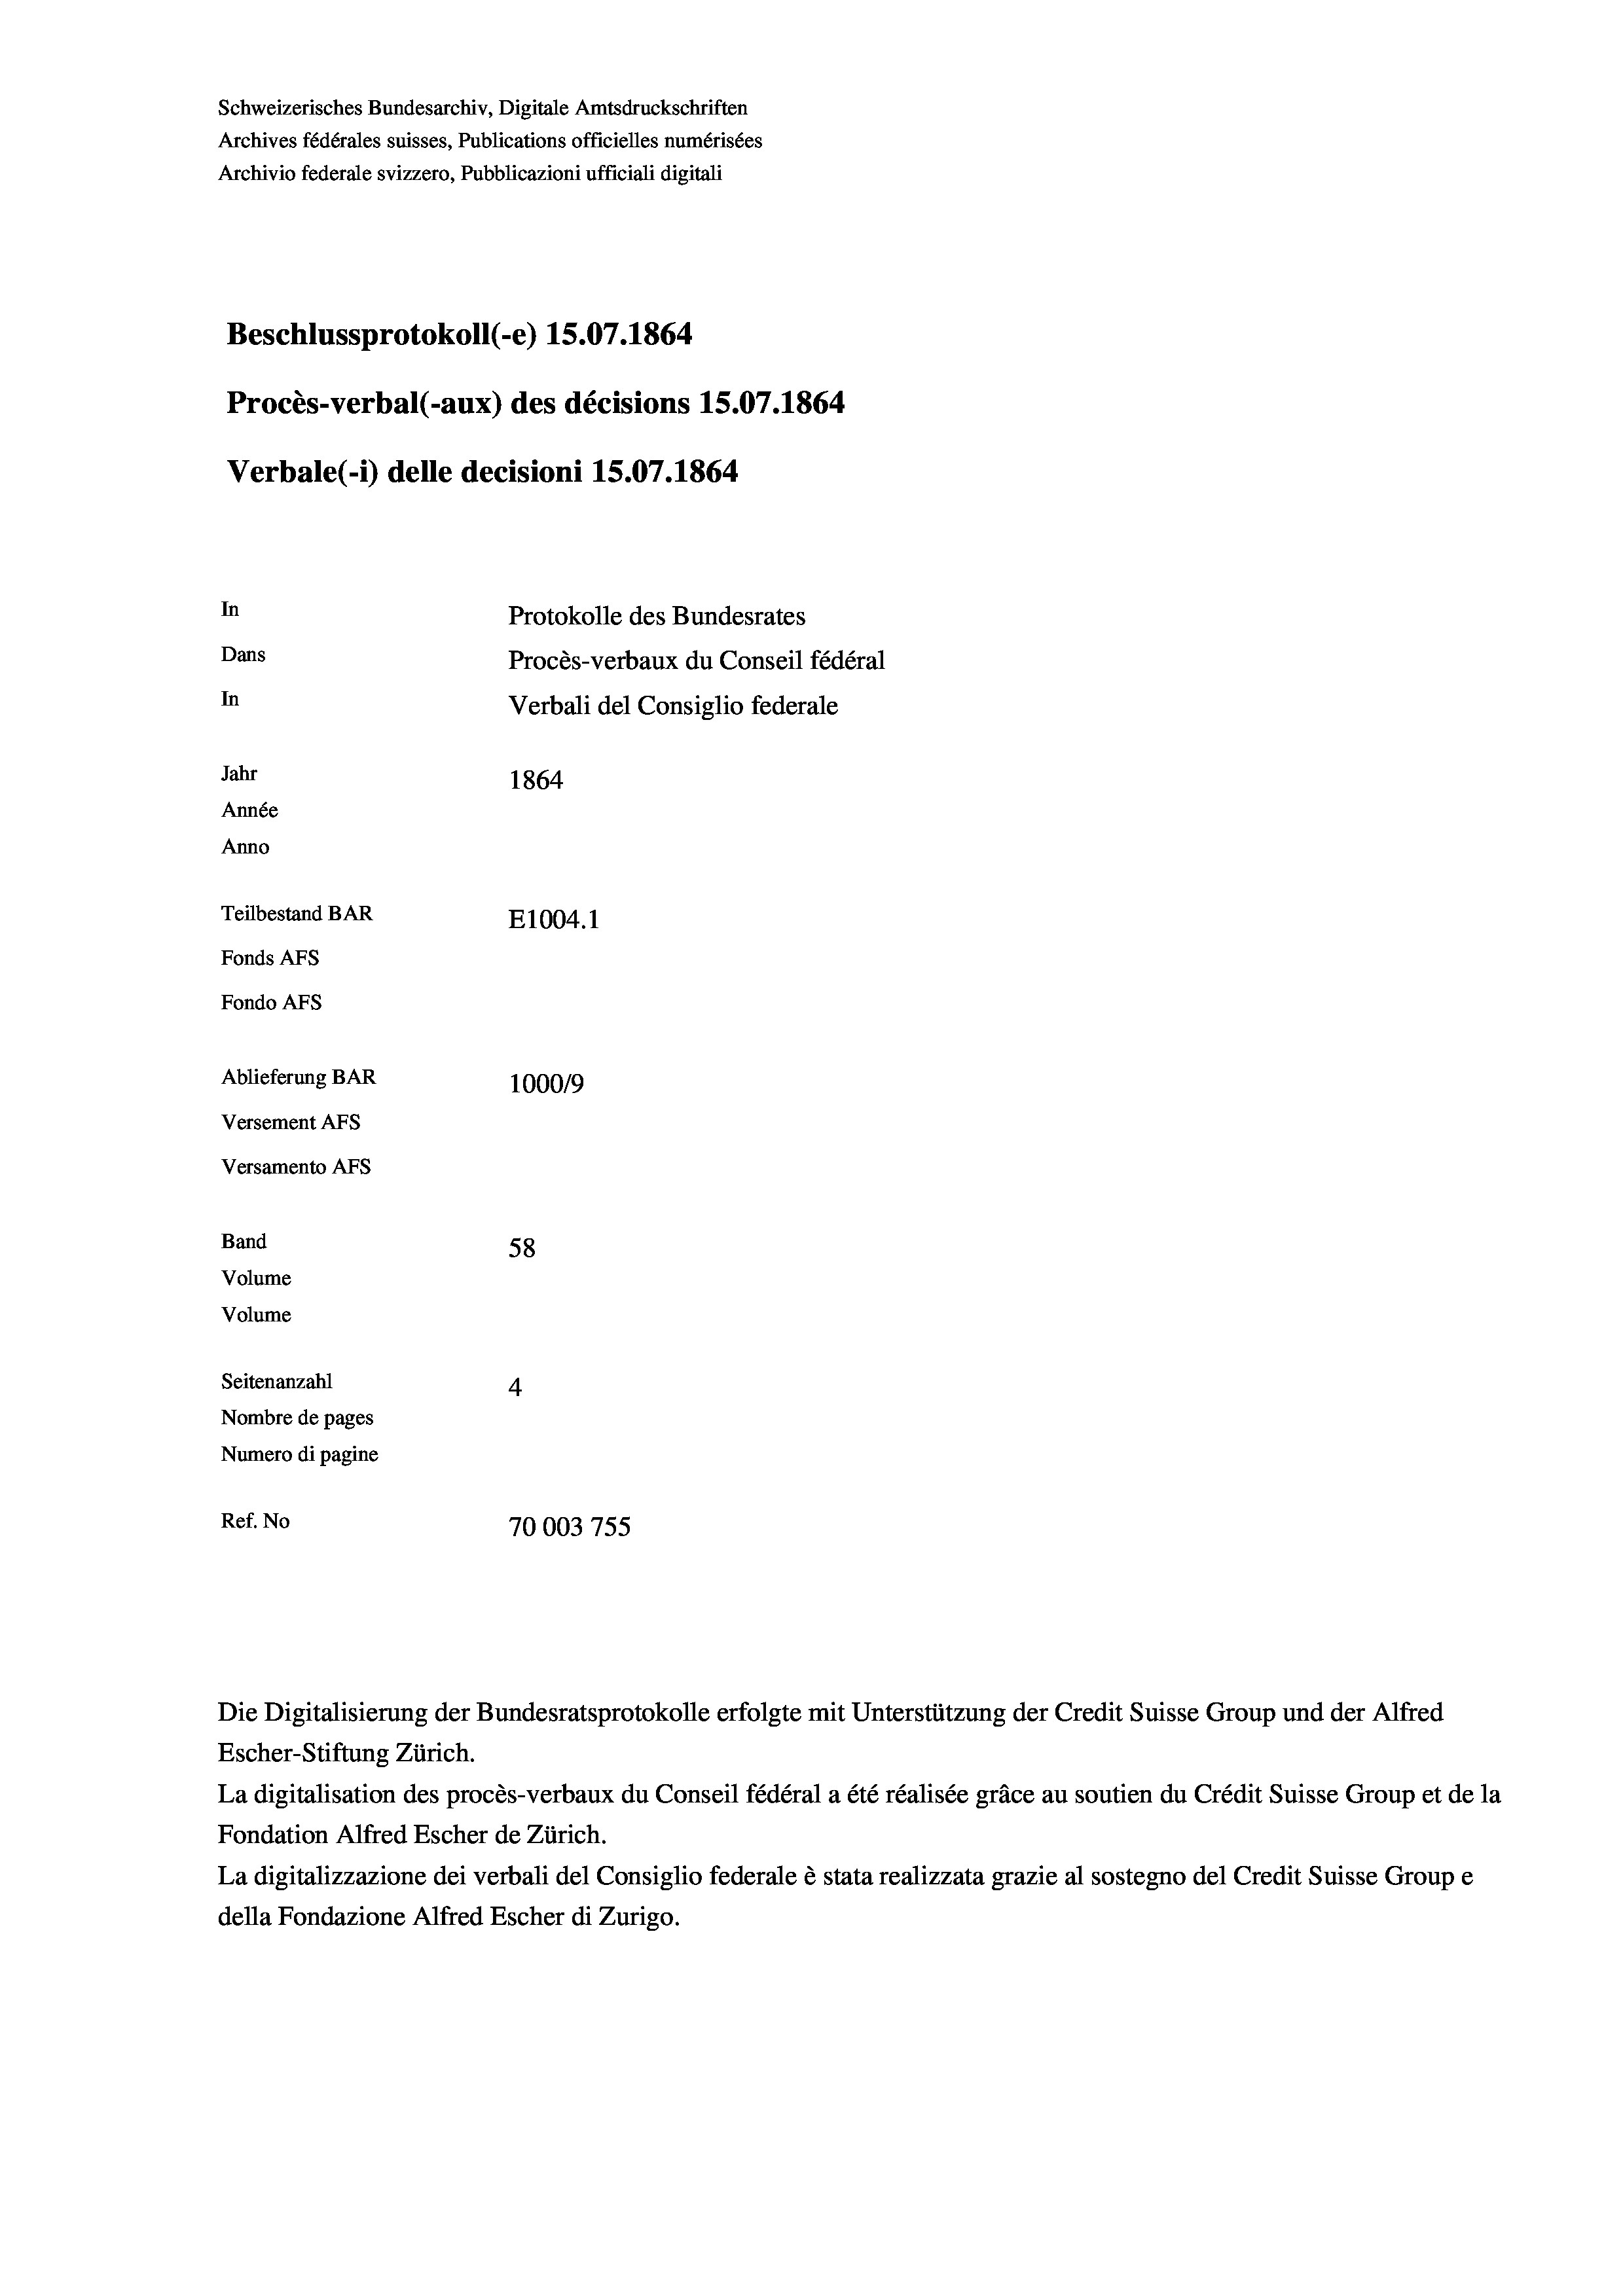
Schweizerisches Bundesarchiv, Digitale Amtsdruckschriften
Archives fédérales suisses, Publications officielles numérisées
Archivio federale svizzero, Pubblicazioni ufficiali digitali
Beschlussprotokoll (-e) 15.07. 1864
Procès-verbal (-aux) des décisions 15.07. 1864
Verbale(-*) delle decisioni 15.07. 1864
In
Protokolle des Bundesrates
Dans
Procès-verbaux du Conseil fédéral
In
Verbali del Consiglio federale
Jahr
1864
Année
Anno
Teilbestand BAR
E1004. 1
Fonds AFs
Fondo AFs
Ablieferung BAR
100019
Versement AFs

Versamento Afs
Band
Volume
Volume

58
Seitenanzahl
4
Nombre de pages
Numero di pagine
Ref. No
70003 755

Escher-Stiftung Zürich.
La digitalisation des procès-verbaux du Conseil fédéral a été réalisée gräce au soutien du Crédit Suisse Group et de la
Fondation Alfred Escher de Zürich.
La digitalizzazione dei verbali del Consiglio federale è stata realizzata grazie al sostegno del Credit Suisse Groupe
della Fondazione Alfred Escher di Zurigo.

Die Digitalisierung der Bundesratsprotokolle erfolgte mit Unterstützung der Credit Suisse Group und der Alfred